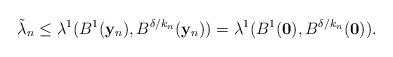
LaTeX: \begin{align*}\tilde{\lambda}_{n} \le \lambda^1(B^1(\mathbf{y}_n),B^{\delta/k_n}(\mathbf{y}_n)) =\lambda^1(B^1(\mathbf{0}),B^{\delta/k_n}(\mathbf{0})).\end{align*}